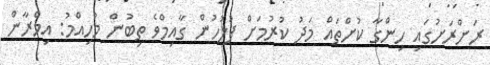
ރަށްރަށުގައި ހިންގާ ކުށްތައް މަދު ކުރުމަށް ފުލުހުން ގާއިމްވެ ތިބުން މުހިއްމު: އިމްރާން